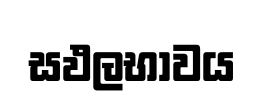
සඵලභාවය